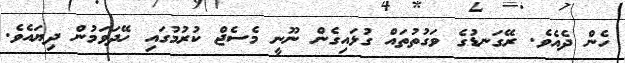
ހެން ދެއެެވެ. ރޭގަނޑުގެ ވަގުތުތައް ގުޅައިގެން ނޫނީ މެސެޖް ކުރުމުގައި ހޭދަވަމުން ދިޔައެވެ.